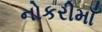
નોકરીમાઁ